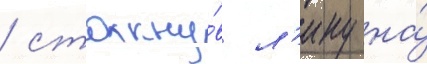
/ столкну́в л'ину на́